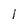
Character: l